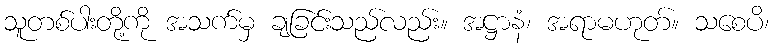
သူတစ်ပါးတို့ကို အသက်မှ ချခြင်းသည်လည်း။ အဋ္ဌာနံ၊ အရာမဟုတ်။ သစေပိ၊